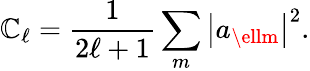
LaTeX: \mathbb{C}_{\ell}=\frac{{1}}{{2\ell+1}}\sum_{m}\left|a_{\ellm}\right|^{2}.